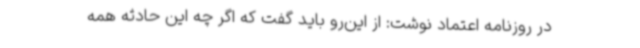
در روزنامه اعتماد نوشت: از این‌رو باید گفت که اگر چه این حادثه همه